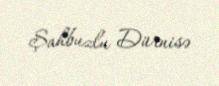
Şahbuzlu Dürnisə